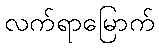
လက်ရာမြောက်